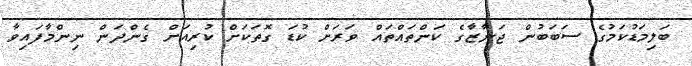
ބަލިމަޑުކަމުގެ ސަބަބުން ޖަނާޒާގެ ކަންތައްތައް ވަރަށް ކުޑަ ގޮތަކަށް ކުރިއަށް ގެންދަން ނިންމާފައިވާ